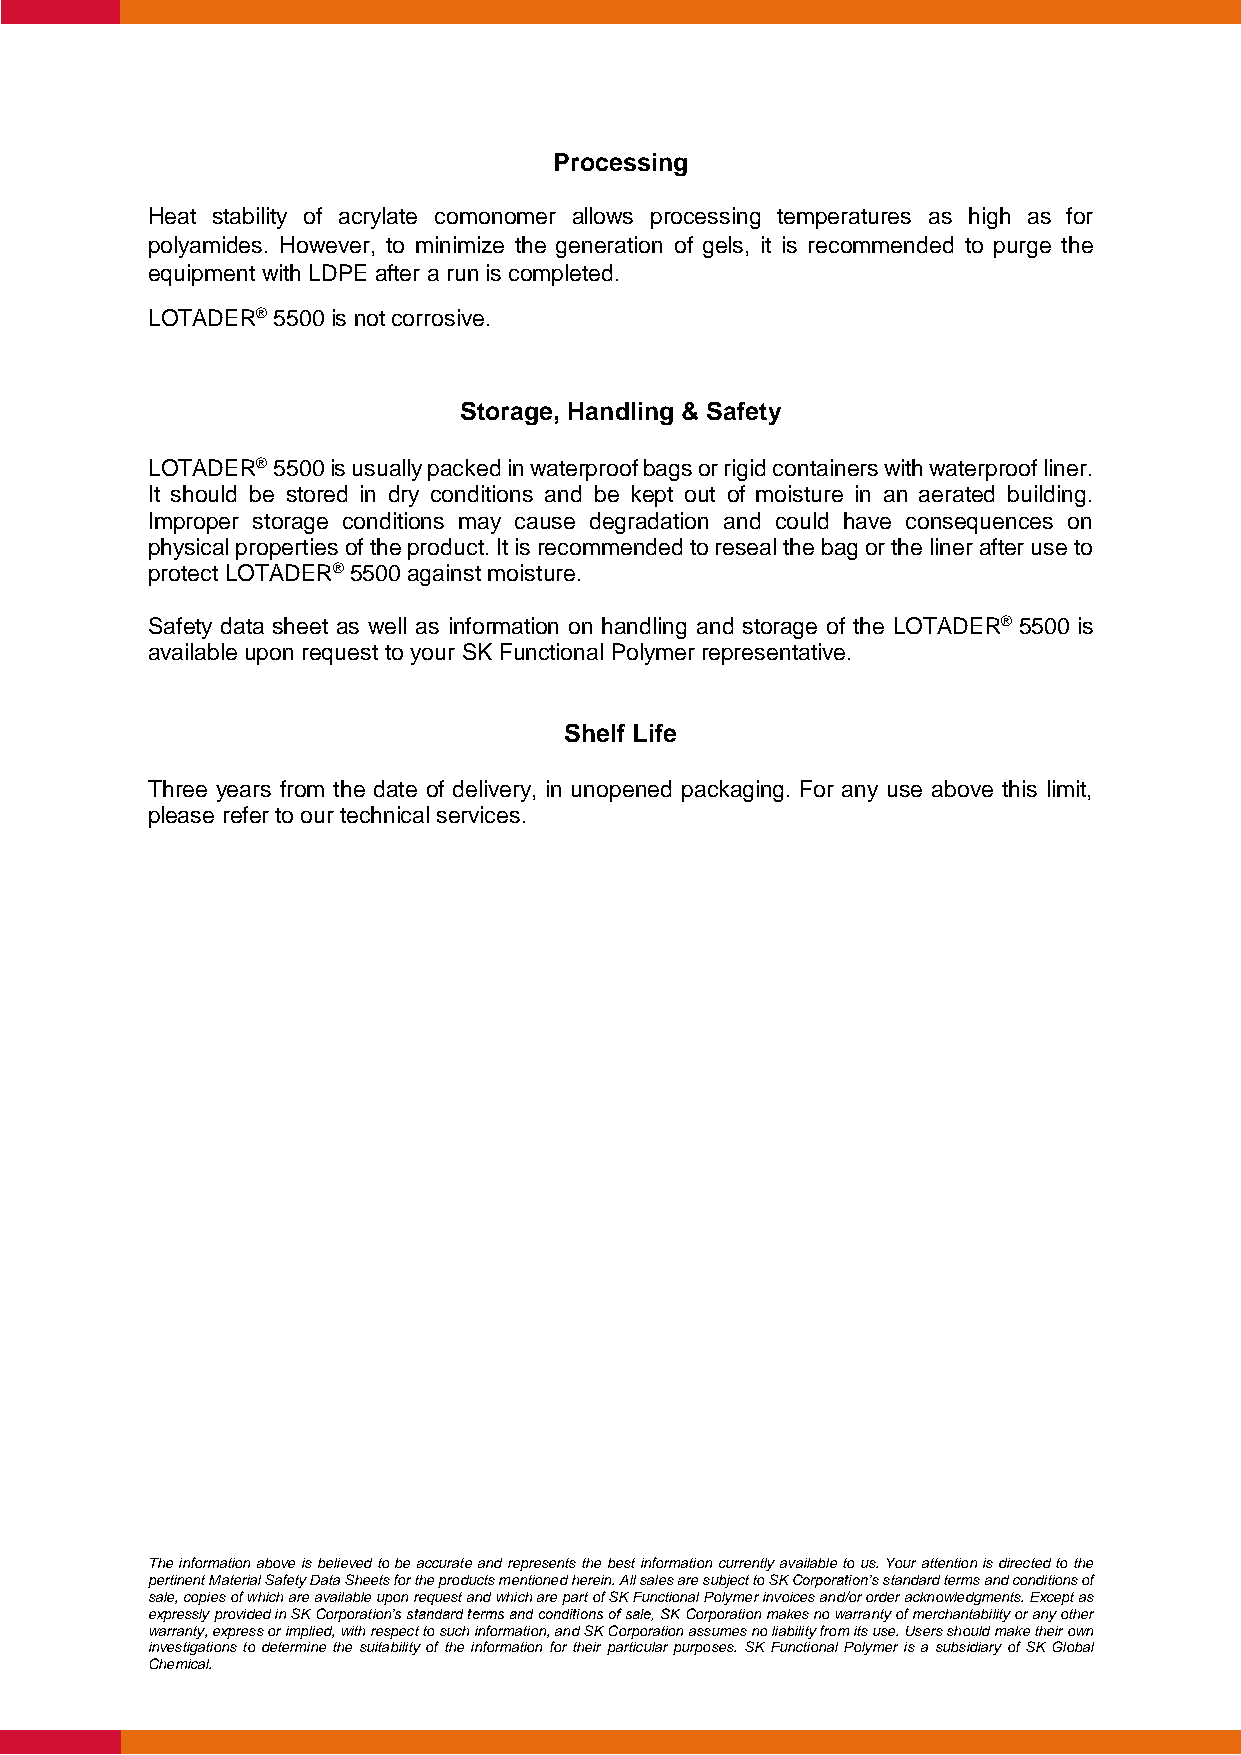
Processing
 Heat stability of acrylate comonomer allows processing temperatures as high as for
 polyamides. However, to minimize the generation of gels, it is recommended to purge the
 equipment with LDPE after a run is completed.
 LOTADER® 5500 is not corrosive.
 Storage, Handling & Safety
 LOTADER® 5500 is usually packed in waterproof bags or rigid containers with waterproof liner.
 It should be stored in dry conditions and be kept out of moisture in an aerated building.
 Improper storage conditions may cause degradation and could have consequences on
 physical properties of the product. It is recommended to reseal the bag or the liner after use to
 protect LOTADER® 5500 against moisture.
 Safety data sheet as well as information on handling and storage of the LOTADER® 5500 is
 available upon request to your SK Functional Polymer representative.
 Shelf Life
 Three years from the date of delivery, in unopened packaging. For any use above this limit,
 please refer to our technical services.
 The information above is believed to be accurate and represents the best information currently available to us. Your attention is directed to the
 pertinent Material Safety Data Sheets for the products mentioned herein. All sales are subject to SK Corporation’s standard terms and conditions of
 sale, copies of which are available upon request and which are part of SK Functional Polymer invoices and/or order acknowledgments. Except as
 expressly provided in SK Corporation’s standard terms and conditions of sale, SK Corporation makes no warranty of merchantability or any other
 warranty, express or implied, with respect to such information, and SK Corporation assumes no liability from its use. Users should make their own
 investigations to determine the suitability of the information for their particular purposes. SK Functional Polymer is a subsidiary of SK Global
 Chemical.